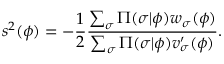
s ^ { 2 } ( \phi ) = - \frac { 1 } { 2 } \frac { \sum _ { \sigma } \Pi ( \sigma | \phi ) w _ { \sigma } ( \phi ) } { \sum _ { \sigma } \Pi ( \sigma | \phi ) v _ { \sigma } ^ { \prime } ( \phi ) } .